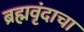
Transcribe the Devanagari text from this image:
ब्रह्मवृंदाचा